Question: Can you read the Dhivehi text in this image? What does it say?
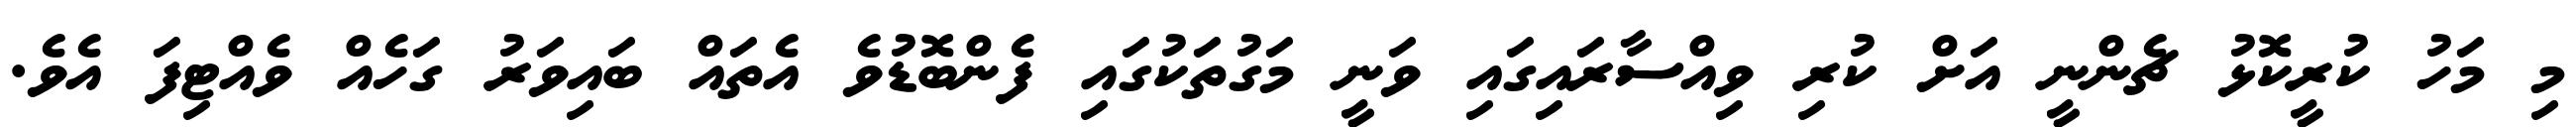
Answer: މި މަހު ކުރީކޮޅު ޗެންނީ އަށް ކުރި ވިއްސާރައިގައި ވަނީ މަގުތަކުގައި ފެންބޮޑުވެ އެތައް ބައިވަރު ގަހެއް ވެއްޓިފަ އެވެ.